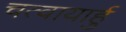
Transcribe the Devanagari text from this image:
चत्वायार्हु